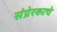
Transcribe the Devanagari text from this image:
संप्रेरकाचे